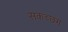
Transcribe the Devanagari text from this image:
सकच्छगं